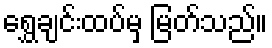
ရွှေချင်းထပ်မှ မြတ်သည်။